Vaccination in the Punjab 1905-1918 - 1905-1918
Year: 1905
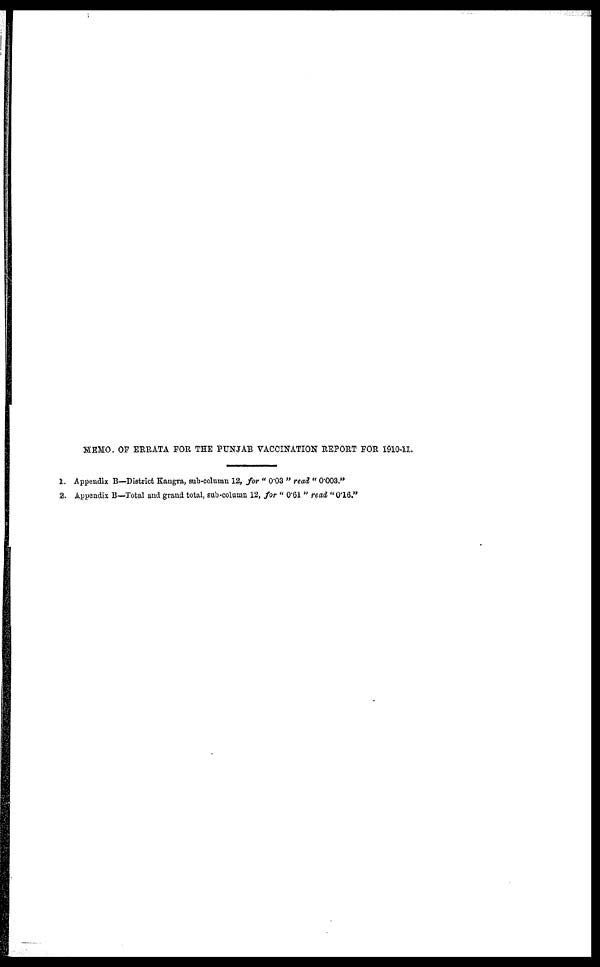
MEMO. OF ERRATA FOR THE PUNJAB VACCINATION REPORT FOR 1910-11.
1. Appendix B—District Kangra, sub-column 12, for " 0.03 " read " 0.003."
2. Appendix B—Total and grand total, sub-column 12, for " 0.61 " read " 0.16."